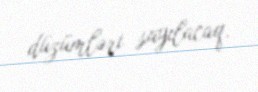
düzümləri sayılacaq.